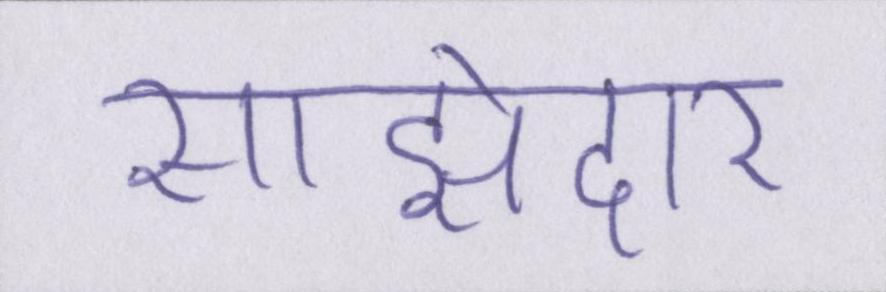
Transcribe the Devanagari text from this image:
साझेदार